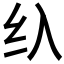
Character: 𱺐